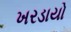
ખરડાયો